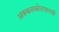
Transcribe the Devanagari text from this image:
अक्कलकोटसारखी